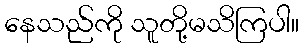
နေသည်ကို သူတို့မသိကြပါ။